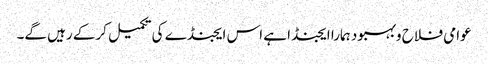
عوامی فلاح وبہبود ہمارا ایجنڈا ہے اس ایجنڈے کی تکمیل کرکے رہیں گے۔